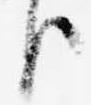
臣